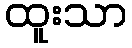
ထူးသာ